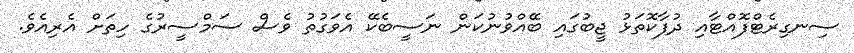
ސިނގިރެޓްފޮއްޓާއި ދުފާކޮތަޅު ޖީބުގައި ބޭއްވުނުކަން ނަސީބެކޭ އެވަގުތު ވެސް ސަމްސީރުގެ ހިތަށް އެރިއެވެ.